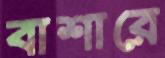
বাশারে